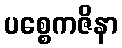
ပစ္စေကဇိနာ